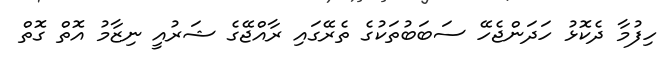
ހިފުމާ ދެކޮޅު ހަދަންޖެހޭ ސަބަބުތަކުގެ ތެރޭގައި ރާއްޖޭގެ ޝަރުއީ ނިޒާމު އޮތް ގޮތް